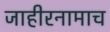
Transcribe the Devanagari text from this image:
जाहीरनामाच